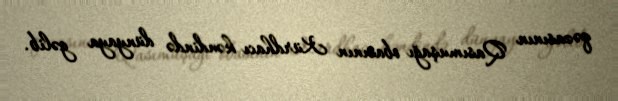
qəzasının Qasımuşağı obasının Kürdhacı kəndində dünyaya gəlib.